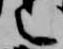
言